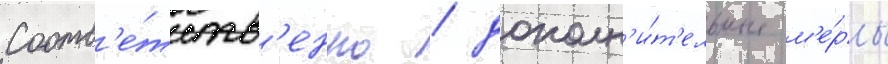
Соотв'е́тств'енно / дополн'и́т'ельные м'е́ры